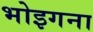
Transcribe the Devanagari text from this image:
भोइगना